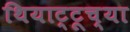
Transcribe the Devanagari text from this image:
थियाट्टूच्या